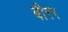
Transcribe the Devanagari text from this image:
बीरर